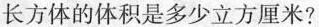
长方体的体积是多少立方厘米?